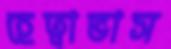
হেত্বাভাস